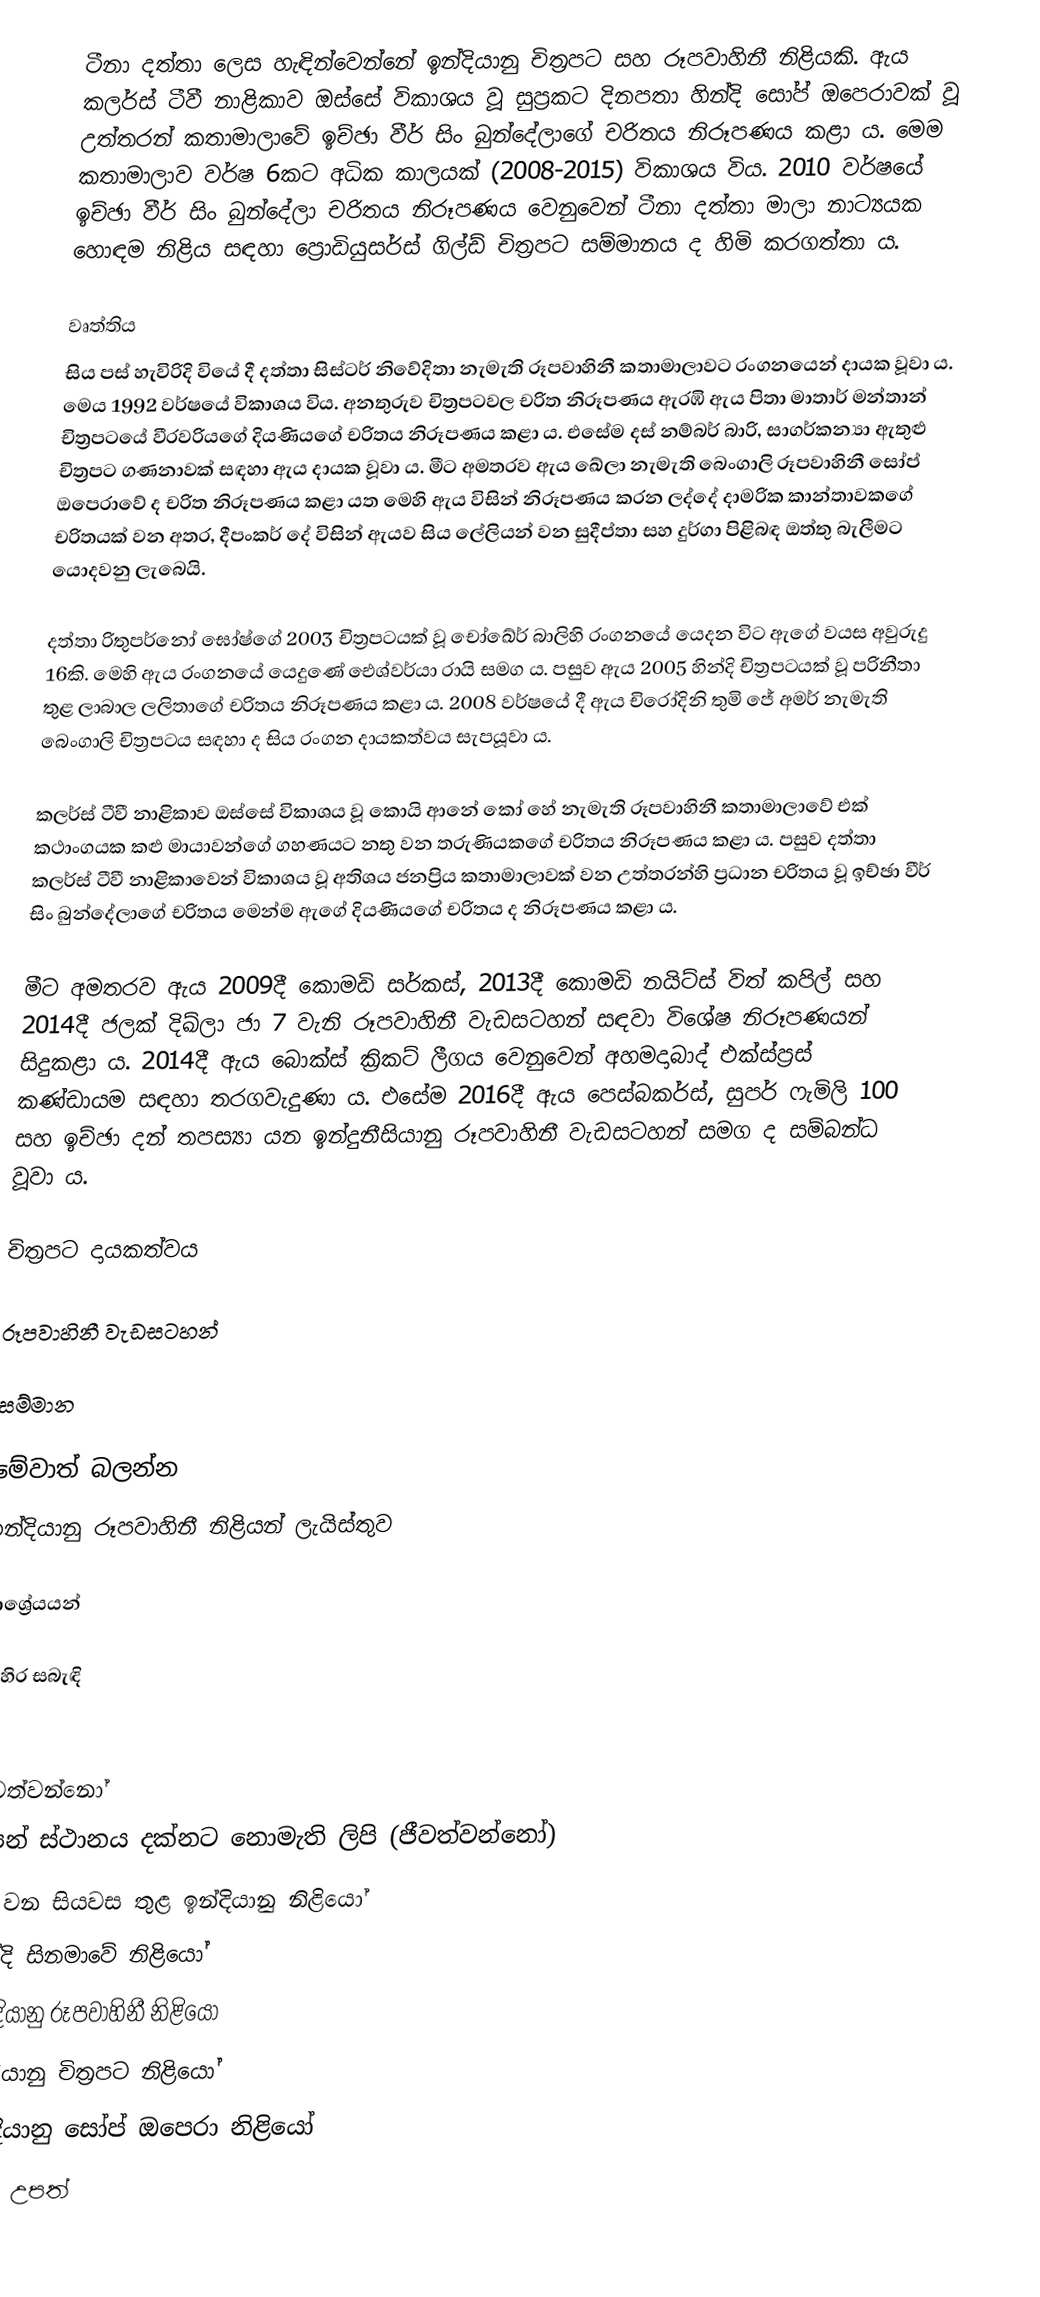
ටීනා දත්තා ලෙස හැඳින්වෙන්නේ ඉන්දියානු චිත්‍රපට සහ රූපවාහිනී නිළියකි. ඇය කලර්ස් ටීවී නාළිකාව ඔස්සේ විකාශය වූ සුප්‍රකට දිනපතා හින්දි සෝප් ඔපෙරාවක් වූ උත්තරන් කතාමාලාවේ ඉච්ඡා වීර් සිං බුන්දේලාගේ චරිතය නිරූපණය කළා ය. මෙම කතාමාලාව වර්ෂ 6කට අධික කාලයක් (2008-2015) විකාශය විය. 2010 වර්ෂයේ ඉච්ඡා වීර් සිං බුන්දේලා චරිතය නිරූපණය වෙනුවෙන් ටීනා දත්තා මාලා නාට්‍යයක හොඳම නිළිය සඳහා ප්‍රොඩියුසර්ස් ගිල්ඩ් චිත්‍රපට සම්මානය ද හිමි කරගත්තා ය.

වෘත්තිය
සිය පස් හැවිරිදි වියේ දී දත්තා සිස්ටර් නිවේදිතා නැමැති රූපවාහිනී කතාමාලාවට රංගනයෙන් දායක වූවා ය. මෙය 1992 වර්ෂයේ විකාශය විය. අනතුරුව චිත්‍රපටවල චරිත නිරූපණය ඇරඹි ඇය පිතා මාතාර් මන්තාන් චිත්‍රපටයේ වීරවරියගේ දියණියගේ චරිතය නිරූපණය කළා ය. එසේම දස් නම්බර් බාරි, සාගර්කන්‍යා ඇතුළු චිත්‍රපට ගණනාවක් සඳහා ඇය දායක වූවා ය. මීට අමතරව ඇය ඛේලා නැමැති බෙංගාලි රූපවාහිනී ‍සෝප් ඔපෙරාවේ ද චරිත නිරූපණය කළා යත මෙහි ඇය විසින් නිරූපණය කරන ලද්දේ දාමරික කාන්තාවකගේ චරිතයක් වන අතර, දීපංකර් දේ විසින් ඇයව සිය ලේලියන් වන සුදීප්තා සහ දුර්ගා පිළිබඳ ඔත්තු බැලීමට යොදවනු ලැබෙයි.

දත්තා රිතුපර්නෝ ඝෝෂ්ගේ 2003 චිත්‍රපටයක් වූ චෝඛේර් බාලිහි රංගනයේ යෙදන විට ඇගේ වයස අවුරුදු 16කි. මෙහි ඇය රංගනයේ යෙදුණේ ඓශ්වර්යා රායි සමග ය. පසුව ඇය 2005 හින්දි චිත්‍රපටයක් වූ පරිනීතා තුළ ලාබාල ලලිතාගේ චරිතය නිරූපණය කළා ය. 2008 වර්ෂයේ දී ඇය චිරෝදිනි තුමි ජේ අමර් නැමැති බෙංගාලි චිත්‍රපටය සඳහා ද සිය රංගන දායකත්වය සැපයූවා ය.

කලර්ස් ටීවී නාළිකාව ඔස්සේ විකාශය වූ කොයි ආනේ කෝ හේ නැමැති රූපවාහිනී කතාමාලාවේ එක් කථාංගයක කළු මායාවන්ගේ ගහණයට නතු වන තරුණියකගේ චරිතය නිරූපණය කළා ය. පසුව දත්තා කලර්ස් ටීවී නාළිකාවෙන් විකාශය වූ අතිශය ජනප්‍රිය කතාමාලාවක් වන උත්තරන්හි ප්‍රධාන චරිතය වූ ඉච්ඡා වීර් සිං බුන්දේලාගේ චරිතය මෙන්ම ඇගේ දියණියගේ චරිතය ද නිරූපණය කළා ය.

මීට අමතරව ඇය 2009දී කොමඩි සර්කස්, 2013දී කොමඩි නයිට්ස් විත් කපිල් සහ 2014දී ජලක් දිඛ්ලා ජා 7 වැනි රූපවාහිනී වැඩසටහන් සඳවා විශේෂ නිරූපණයන් සිදුකළා ය. 2014දී ඇය බොක්ස් ක්‍රිකට් ලීගය වෙනුවෙන් අහමදාබාද් එක්ස්ප්‍රස් කණ්ඩායම සඳහා තරගවැදුණා ය. එසේම 2016දී ඇය පෙස්බකර්ස්, සුපර් ෆැමිලි 100 සහ ඉච්ඡා දන් තපස්‍යා යන ඉන්දුනීසියානු රූපවාහිනී වැඩසටහන් සමග ද සම්බන්ධ වූවා ය.

චිත්‍රපට දායකත්වය

රූපවාහිනී වැඩසටහන්

සම්මාන

මේවාත් බලන්න
 ඉන්දියානු රූපවාහිනී නිළියන් ලැයිස්තුව

ආශ්‍රේයයන්

බාහිර සබැඳි

ජීවත්වන්නෝ
උපන් ස්ථානය දක්නට නොමැති ලිපි (ජීවත්වන්නෝ)
21 වන සියවස තුළ ඉන්දියානු නිළියෝ
හින්දි සිනමාවේ නිළියෝ
ඉන්දියානු රූපවාහිනී නිළියෝ
ඉන්දියානු චිත්‍රපට නිළියෝ
ඉන්දියානු සෝප් ඔපෙරා නිළියෝ
1986 උපත්